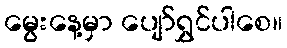
မွေးနေ့မှာ ပျော်ရွှင်ပါစေ။